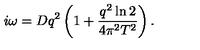
i \omega = D q ^ { 2 } \left( 1 + { \frac { q ^ { 2 } \ln { 2 } } { 4 \pi ^ { 2 } T ^ { 2 } } } \right) .